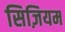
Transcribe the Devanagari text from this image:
सिज़ियम